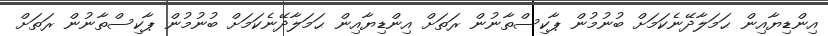
އިންޑިޔާއިން ޙަމަލާދޭނެކަމަށް ބުނުމުން ޕާކިސްތާނުން ރަތަށް އިންޑިޔާއިން ޙަމަލާދޭނެކަމަށް ބުނުމުން ޕާކިސްތާނުން ރަތަށް